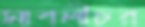
সাবলীচর